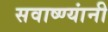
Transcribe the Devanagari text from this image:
सवाष्ण्यांनी